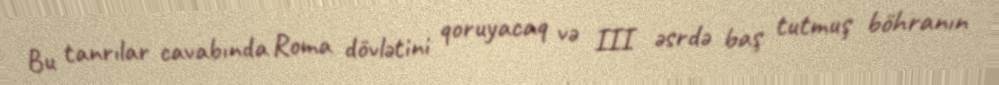
Bu tanrılar cavabında Roma dövlətini qoruyacaq və III əsrdə baş tutmuş böhranın